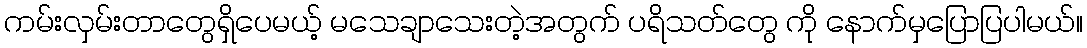
ကမ်းလှမ်းတာတွေရှိပေမယ့် မသေချာသေးတဲ့အတွက် ပရိသတ်တွေ ကို နောက်မှပြောပြပါမယ်။